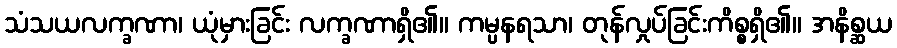
သံသယလက္ခဏာ၊ ယုံမှားခြင်း လက္ခဏာရှိ၏။ ကမ္ပနရသာ၊ တုန်လှုပ်ခြင်းကိစ္စရှိ၏။ အနိစ္ဆယ